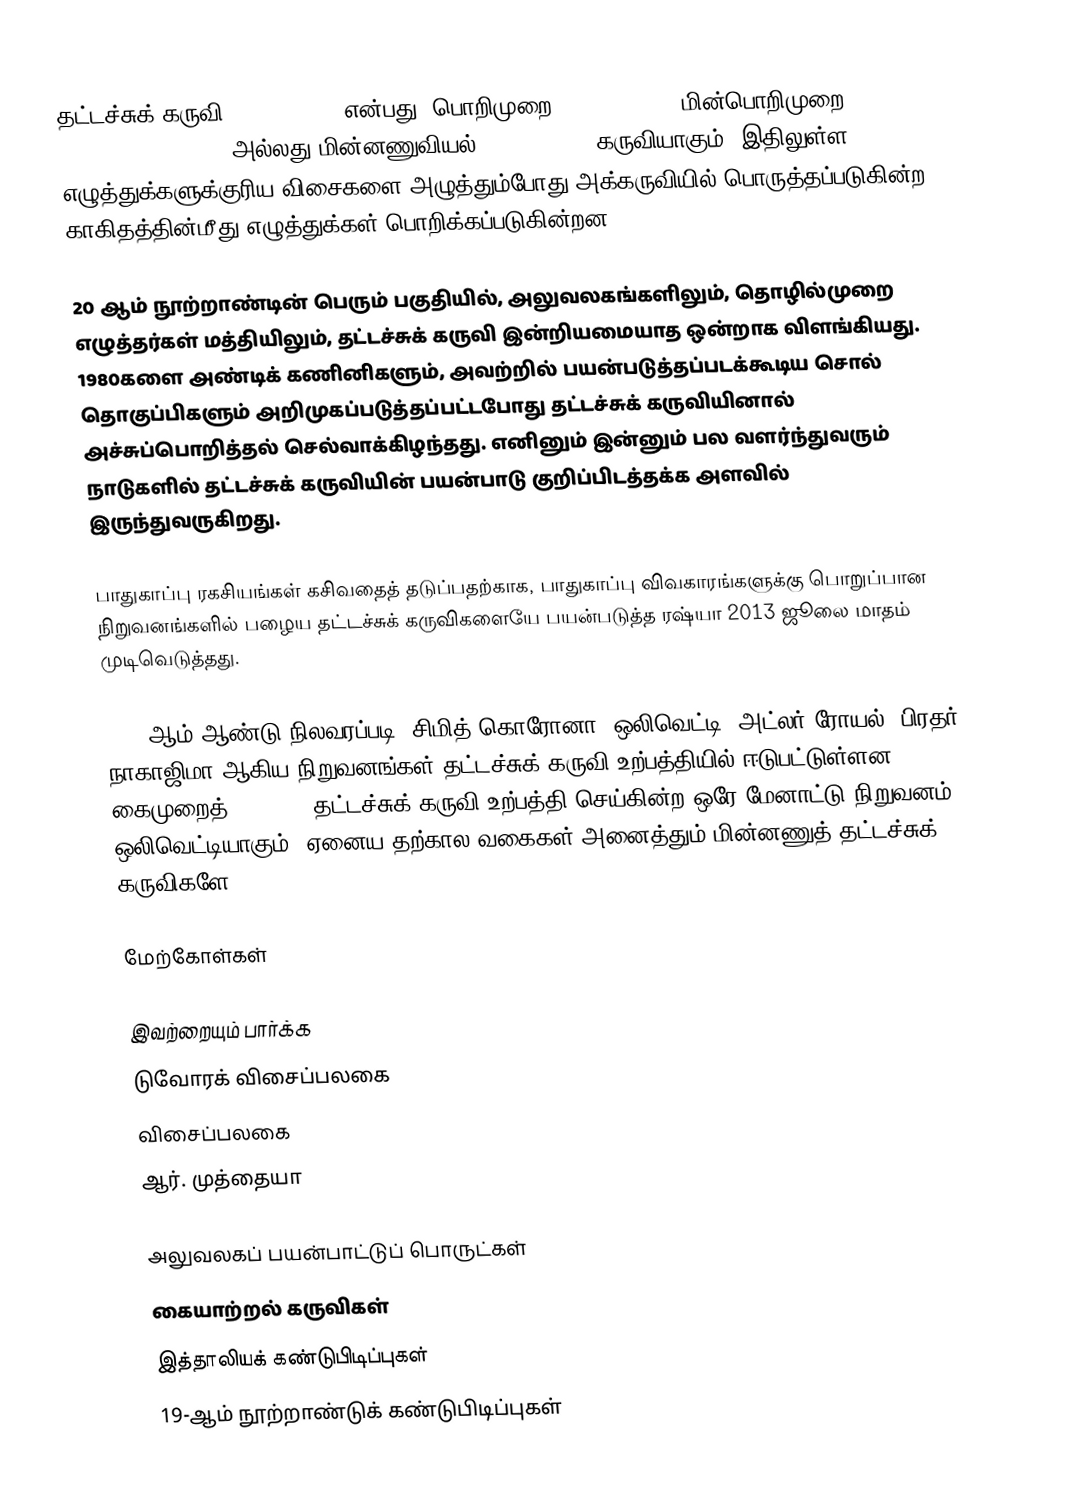
தட்டச்சுக் கருவி (typewriter) என்பது, பொறிமுறை (mechanical), மின்பொறிமுறை (electromechanical) அல்லது மின்னணுவியல் (electronic) கருவியாகும். இதிலுள்ள எழுத்துக்களுக்குரிய விசைகளை அழுத்தும்போது அக்கருவியில் பொருத்தப்படுகின்ற காகிதத்தின்மீது எழுத்துக்கள் பொறிக்கப்படுகின்றன.

20 ஆம் நூற்றாண்டின் பெரும் பகுதியில், அலுவலகங்களிலும், தொழில்முறை எழுத்தர்கள் மத்தியிலும், தட்டச்சுக் கருவி இன்றியமையாத ஒன்றாக விளங்கியது. 1980களை அண்டிக் கணினிகளும், அவற்றில் பயன்படுத்தப்படக்கூடிய சொல் தொகுப்பிகளும் அறிமுகப்படுத்தப்பட்டபோது தட்டச்சுக் கருவியினால் அச்சுப்பொறித்தல் செல்வாக்கிழந்தது. எனினும் இன்னும் பல வளர்ந்துவரும் நாடுகளில் தட்டச்சுக் கருவியின் பயன்பாடு குறிப்பிடத்தக்க அளவில் இருந்துவருகிறது.

பாதுகாப்பு ரகசியங்கள் கசிவதைத் தடுப்பதற்காக, பாதுகாப்பு விவகாரங்களுக்கு பொறுப்பான நிறுவனங்களில் பழைய தட்டச்சுக் கருவிகளையே பயன்படுத்த ரஷ்யா 2013 ஜூலை மாதம் முடிவெடுத்தது.

2006 ஆம் ஆண்டு நிலவரப்படி, சிமித்-கொரோனா, ஒலிவெட்டி, அட்லர்-ரோயல், பிரதர், நாகாஜிமா ஆகிய நிறுவனங்கள் தட்டச்சுக் கருவி உற்பத்தியில் ஈடுபட்டுள்ளன. கைமுறைத் (manual) தட்டச்சுக் கருவி உற்பத்தி செய்கின்ற ஒரே மேனாட்டு நிறுவனம் ஒலிவெட்டியாகும். ஏனைய தற்கால வகைகள் அனைத்தும் மின்னணுத் தட்டச்சுக் கருவிகளே.

மேற்கோள்கள்

இவற்றையும் பார்க்க
 டுவோரக் விசைப்பலகை
விசைப்பலகை
 ஆர். முத்தையா

அலுவலகப் பயன்பாட்டுப் பொருட்கள்
கையாற்றல் கருவிகள்
இத்தாலியக் கண்டுபிடிப்புகள்
19-ஆம் நூற்றாண்டுக் கண்டுபிடிப்புகள்